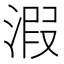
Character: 溊